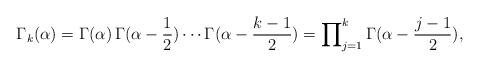
LaTeX: \begin{align*}\Gamma_k(\alpha) = \Gamma(\alpha) \, \Gamma(\alpha - \dfrac{1}{2}) \cdots \Gamma(\alpha - \dfrac{k - 1}{2}) = \prod\nolimits_{j = 1}^k \Gamma(\alpha - \dfrac{j - 1}{2}) , \end{align*}